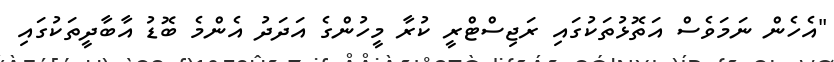
"އެހެން ނަމަވެސް އަތޮޅުތަކުގައި ރަޖިސްޓްރީ ކުރާ މީހުންގެ އަދަދު އެންމެ ބޮޑު އާބާދީތަކުގައި